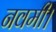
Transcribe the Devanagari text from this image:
नवमी।